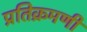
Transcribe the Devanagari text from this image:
प्रतिक्रमणी